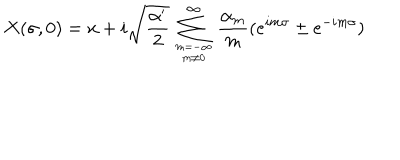
X ( \sigma , 0 ) = x + i \sqrt { \frac { \alpha ^ { \prime } } { 2 } } \sum _ { { m = { - \infty } } \atop { m \neq 0 } } ^ { \infty } \frac { \alpha _ { m } } { m } ( e ^ { i m \sigma } \pm e ^ { - i m \sigma } )